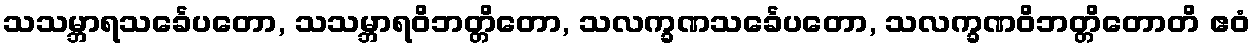
သသမ္ဘာရသင်္ခေပတော, သသမ္ဘာရဝိဘတ္တိတော, သလက္ခဏသင်္ခေပတော, သလက္ခဏဝိဘတ္တိတောတိ ဧဝံ